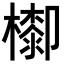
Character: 𣛺